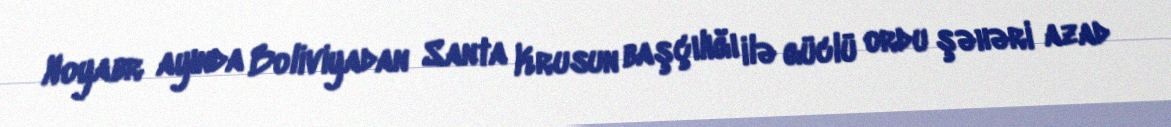
Noyabr ayında Boliviyadan Santa Krusun başçılığı ilə güclü ordu şəhəri azad